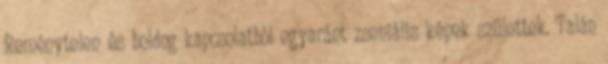
Reménytelen és boldog kapcsolatból egyaránt zseniális képek születtek. Talán